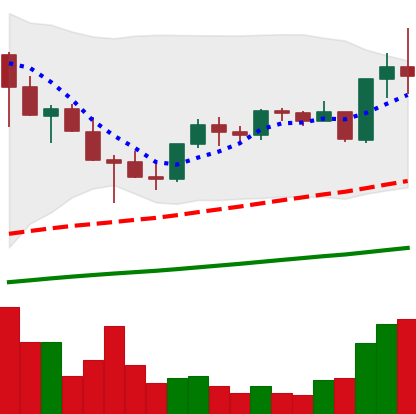
Ticker: TRX-USD
Chart end date: 2021-05-07
Forward return: -19.624%
Label: down_7plus